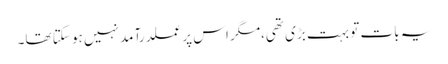
یہ بات تو بہت بڑی تھی،مگر اس پر عملدرآمد نہیں ہو سکتا تھا۔